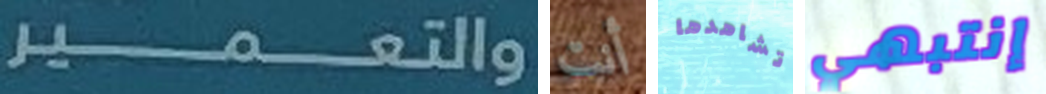
والتعمير أنت تشاهدها إنتبهي